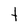
Character: t